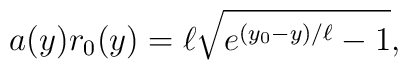
a(y)r_0(y)=\ell \sqrt{ e^{(y_0-y)/\ell}-1},